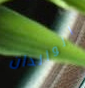
الوالدان